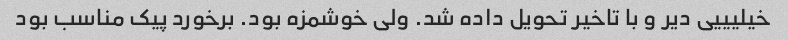
خیلیییی دیر و با تاخیر تحویل داده شد. ولی خوشمزه بود. برخورد پیک مناسب بود